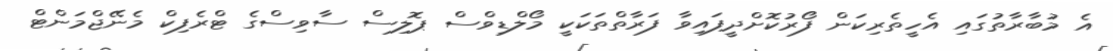
އެ މުބާރާތުގައި އެހީތެރިކަން ފޯރުކޮށްދީފައިވާ ފަރާތްތަކަކީ މޯލްޑިވްސް ޕޮލިސް ސާވިސްގެ ޓްރެފިކް މެނޭޖްމަންޓް